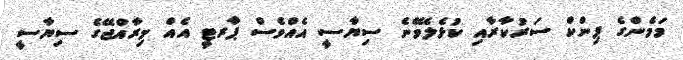
މަމެންގެ ޕިންކް ސަރުކާރާއި ކުޅެލެވޭނެ ސިޔާސީ އެއްވެސް ޕާރޓީ އެއް މިރާއްޖޭގެ ސިޔާސީ